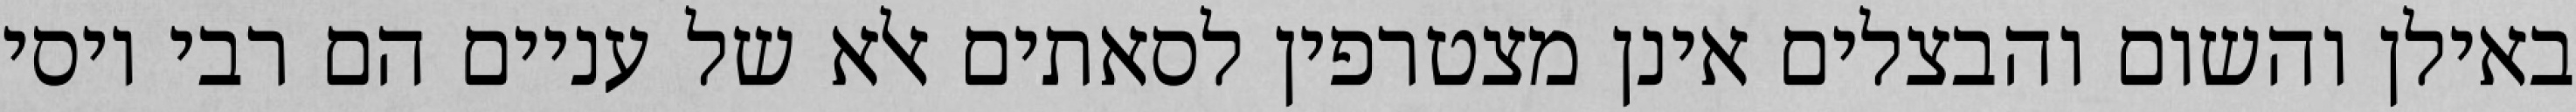
באילן והשום והבצלים אינן מצטרפין לסאתים אלא של עניים הם רבי יוסי